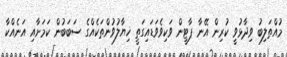
މުއްތަލިބު ވިދާޅުވީ ކުރިން އޭނާ ޕާޓީން ވަކިވެވަޑައިގަތީ ޚިޔާލުވުންތަކެއްގެ ސަބަބުން ކަމަށާއި އަނެއްކާ